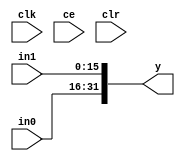
module sysgen_concat_c4b57f4497 (
  input [(16 - 1):0] in0,
  input [(16 - 1):0] in1,
  output [(32 - 1):0] y,
  input clk,
  input ce,
  input clr);
  wire [(16 - 1):0] in0_1_23;
  wire [(16 - 1):0] in1_1_27;
  wire [(32 - 1):0] y_2_1_concat;
  assign in0_1_23 = in0;
  assign in1_1_27 = in1;
  assign y_2_1_concat = {in0_1_23, in1_1_27};
  assign y = y_2_1_concat;
endmodule